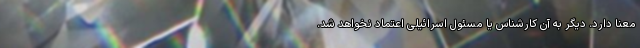
معنا دارد. دیگر به آن کارشناس یا مسئول اسرائیلی اعتماد نخواهد شد.